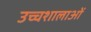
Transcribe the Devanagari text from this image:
उच्चशालाओं